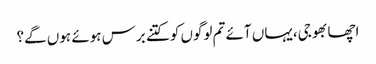
اچھا بھوجی،یہاں آئے تم لوگوں کو کتنے برس ہوئے ہوں گے؟